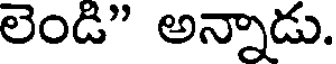
లెండి" అన్నాడు.